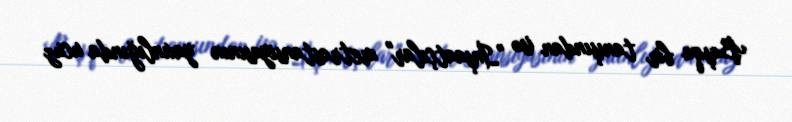
Başqa bir tanışından isə "İnşaatçılar" metrostansiyasının yaxınlığında ucuz